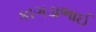
કાગડાભાઈ